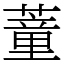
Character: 蕫